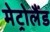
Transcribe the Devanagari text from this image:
मेट्रोलैंड